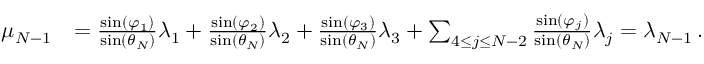
\begin{array} { r l } { \mu _ { N - 1 } } & { = { \frac { \sin ( \varphi _ { 1 } ) } { \sin ( \theta _ { N } ) } } \lambda _ { 1 } + { \frac { \sin ( \varphi _ { 2 } ) } { \sin ( \theta _ { N } ) } } \lambda _ { 2 } + { \frac { \sin ( \varphi _ { 3 } ) } { \sin ( \theta _ { N } ) } } \lambda _ { 3 } + \sum _ { 4 \leq j \leq N - 2 } { \frac { \sin ( \varphi _ { j } ) } { \sin ( \theta _ { N } ) } } \lambda _ { j } = \lambda _ { N - 1 } \, . } \end{array}